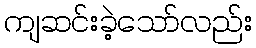
ကျဆင်းခဲ့သော်လည်း